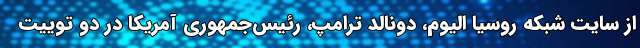
از سایت شبکه روسیا الیوم، دونالد ترامپ، رئیس‌جمهوری آمریکا در دو توییت